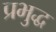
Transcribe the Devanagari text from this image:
प्रभुद्ध